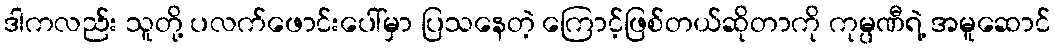
ဒါကလည်း သူတို့ ပလက်ဖောင်းပေါ်မှာ ပြသနေတဲ့ ကြောင့်ဖြစ်တယ်ဆိုတာကို ကုမ္ပဏီရဲ့ အမူဆောင်